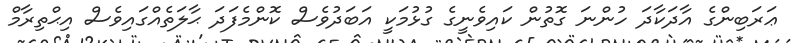
ޢަރަބިންގެ އާދަކާދަ ހުންނަ ގޮތުން ކައިވެނީގެ ގުޅުމަކީ އަބަދުވެސް ކޮންމެފަދަ ޙާލަތެއްގައިވެސް އިޙްތިރާމް